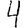
Digit: 4